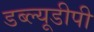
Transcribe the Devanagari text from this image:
डब्ल्यूडीपी